system: You are a helpful assistant.
user:
Analyze the provided spectrum to determine if it is a **M-type Giant (gM)**.

A M-type Giant spectrum is defined by its **strong molecular absorption** features, particularly from **Titanium Oxide (TiO)**. You must check for one of the following mutually exclusive signatures:

- **Key Visual Indicators (Absorption-Dominated Spectrum):**

    - **(Primary):** The spectrum is dominated by strong molecular absorption from **Titanium Oxide (TiO)**. This is the **defining feature** of its M-type temperature class.
        - **(Key Bandheads):** Look for sharp, "saw-tooth" absorption valleys. The strongest are located near **~7050 Å**, **~6160 Å**, and **~5170 Å**.
        - **(Line Profile):** The "saw-tooth" morphology is critical: a **sharp, steep drop on the BLUE (short-wavelength) side** of the bandhead, followed by a gradual recovery (rising flux) towards the RED (long-wavelength) side.

    - **(Key Confirmation - Giant vs. Dwarf):** **ABSENCE** of strong **Calcium Hydride (CaH)** molecular bands. This is the primary diagnostic for *excluding* M-dwarfs.
        - **(Key Region):** The spectrum should lack the strong, broad absorption band seen in dwarfs between **~6800 Å and ~7000 Å**.

    - **(Secondary Confirmation - Giant):** A very strong and broad **Neutral Calcium (Ca I)** atomic absorption line.
        - **(Key Line):** Located at **~4226 Å**. In a giant (gM), this line is significantly deeper and broader than the same line in an M-dwarf (dM) due to low surface gravity.

    - **(Overall Spectrum):**
        - The continuum is **extremely red-sloping** (i.e., flux is very low in the blue and rises dramatically towards the red).
        - The entire spectrum appears "chopped up" by the deep TiO bands.

Think first, call **spectral_visualization_tool** if needed to examine features in detail, then provide your final answer. Your response must adhere to the following strict rules:
1.  **Overall Structure:** Your response must follow the format `<think>...</think> <tool_call>...</tool_call> (if a tool is used) <answer>...</answer>`.
2.  **Tool Usage Constraint:** You may only make **one** tool call per turn.
3.  **Final Answer Format:** In the `<answer>` tag, your conclusion must be inside a `\boxed{}` command (e.g., `\boxed{YES}` or `\boxed{NO}`), followed by your justification.

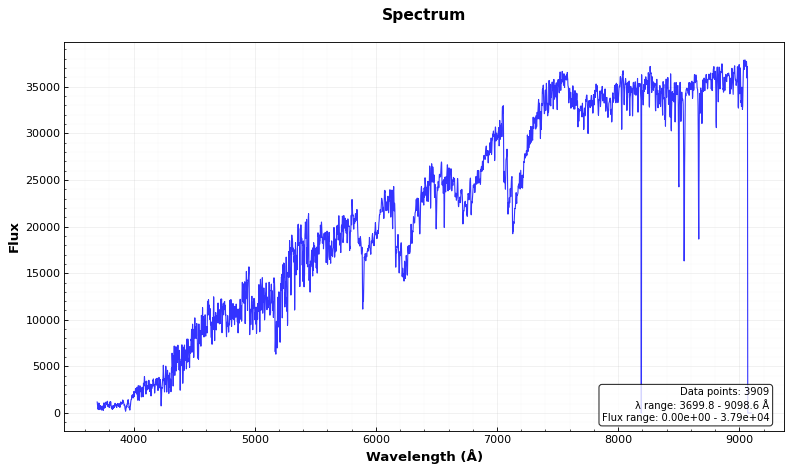
Answer: YES